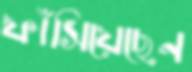
ফাঁসিয়েছেন